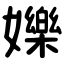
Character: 㜰